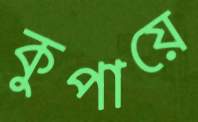
কুপায়ে